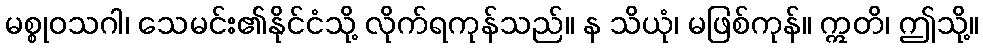
မစ္စုဝသဂါ၊ သေမင်း၏နိုင်ငံသို့ လိုက်ရကုန်သည်။ န သိယုံ၊ မဖြစ်ကုန်။ ဣတိ၊ ဤသို့။